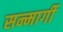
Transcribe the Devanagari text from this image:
सन्मार्गी